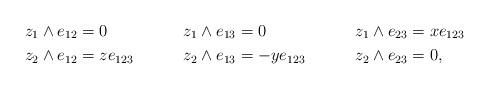
LaTeX: \begin{align*} z_1\wedge e_{12} &= 0& z_1\wedge e_{13} &= 0& z_1\wedge e_{23} &= xe_{123} \\ z_2\wedge e_{12} &= ze_{123}& z_2\wedge e_{13} &= -ye_{123}& z_2\wedge e_{23} &= 0,\end{align*}